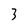
Character: 3